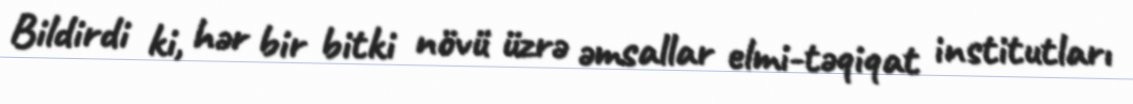
Bildirdi ki, hər bir bitki növü üzrə əmsallar elmi-təqiqat institutları